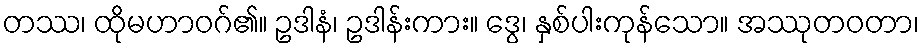
တဿ၊ ထိုမဟာဝဂ်၏။ ဥဒါနံ၊ ဥဒါန်းကား။ ဒွေ၊ နှစ်ပါးကုန်သော။ အဿုတဝတာ၊